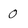
Character: 0